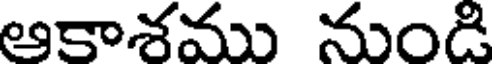
ఆకాశము నుండి